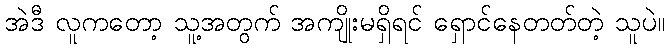
အဲဒီ လူကတော့ သူ့အတွက် အကျိုးမရှိရင် ရှောင်နေတတ်တဲ့ သူပဲ။